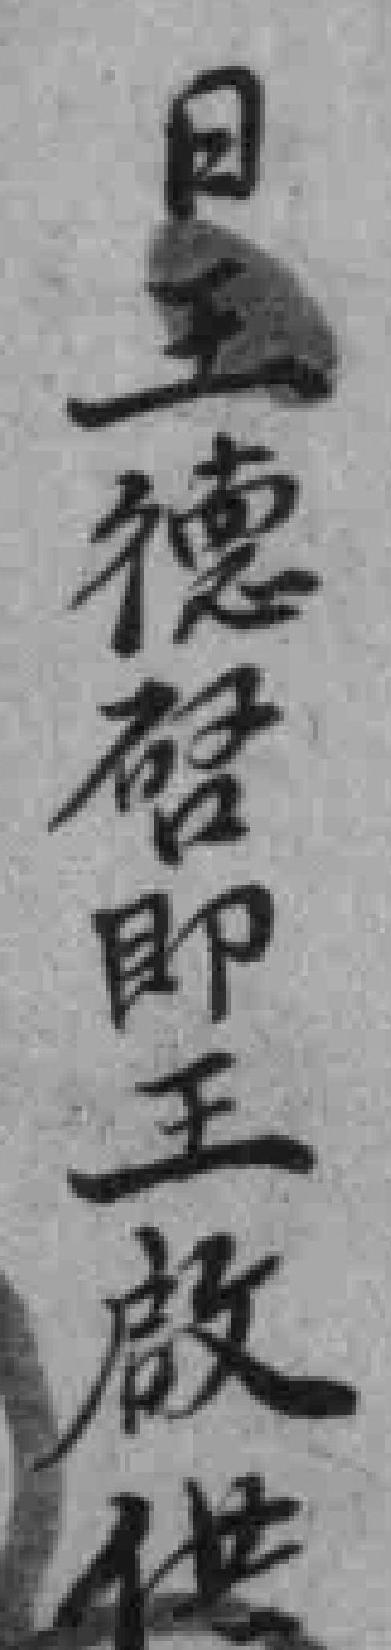
日王德唘即王啟供